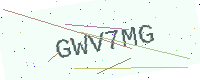
Text: GWV7MG